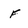
Character: F